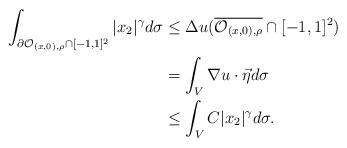
LaTeX: \begin{align*} \int_{\partial \mathcal{O}_{(x,0), \rho} \cap [-1, 1]^2} |x_2|^\gamma d\sigma & \le \Delta u(\overline{\mathcal{O}_{(x,0), \rho}} \cap [-1, 1]^2)\\ & = \int_{V} \nabla u \cdot \vec{\eta} d\sigma\\ & \le \int_{V} C |x_2|^\gamma d\sigma.\end{align*}